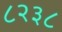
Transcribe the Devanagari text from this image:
८२३८